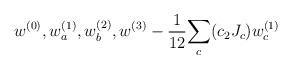
LaTeX: \begin{align*}w^{(0)}, w^{(1)}_a, w^{(2)}_b, w^{(3)}-{1\over12}{\sum_c (c_2J_c) w^{(1)}_c}\end{align*}